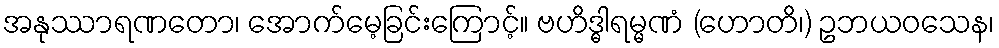
အနုဿာရဏတော၊ အောက်မေ့ခြင်းကြောင့်။ ဗဟိဒ္ဓါရမ္မဏံ (ဟောတိ၊) ဥဘယဝသေန၊